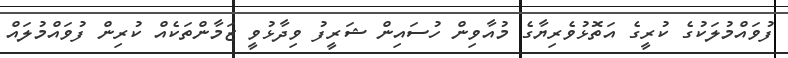
ފުވައްމުލަކުގެ ކުރީގެ އަތޮޅުވެރިޔާގެ މުއާވިން ހުސައިން ޝަރީފު ވިދާޅުވީ ޒަމާންތަކެއް ކުރިން ފުވައްމުލައް